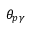
\theta _ { p \gamma }